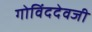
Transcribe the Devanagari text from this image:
गोविंददेवजी